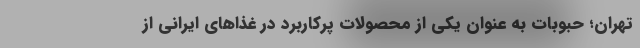
تهران؛ حبوبات به عنوان یکی از محصولات پرکاربرد در غذاهای ایرانی از